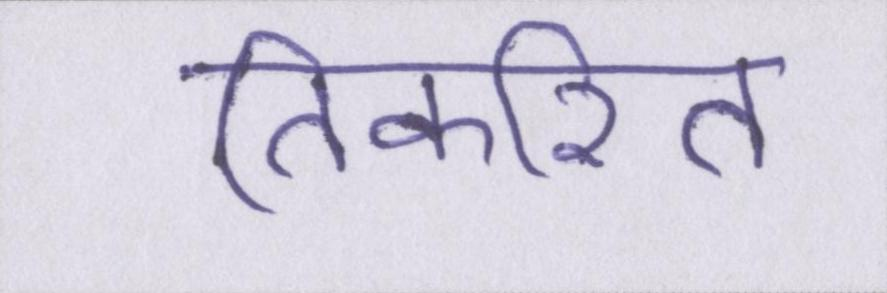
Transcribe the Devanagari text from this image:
तिकरित